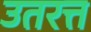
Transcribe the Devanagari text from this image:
उतरत्त